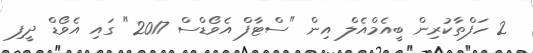
2 ހަފްތާކުރިން ބީއެމްއެލް އިން "ސްޓާފް އެވޯޑްސް 2017" ގައި އެވޯޑް ދީފި